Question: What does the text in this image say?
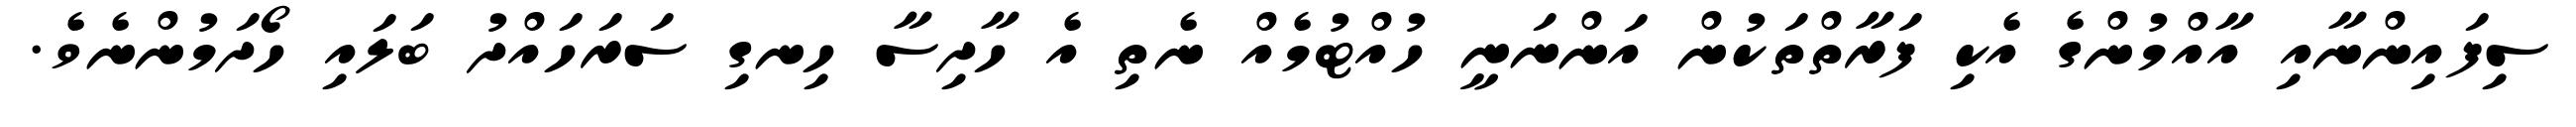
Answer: ސިފައިންނާއި އާއްމުންގެ އެކި ފަރާތްތަކުން އަންނަނީ ހުއްޓުމެއް ނެތި އެ ހާދިސާ ހިނގި ސަރަހައްދު ބަލައި ހޯދަމުންނެވެ.